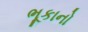
ભૂકાનો